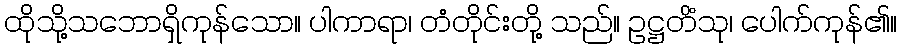
ထိုသို့သဘောရှိကုန်သော။ ပါကာရာ၊ တံတိုင်းတို့ သည်။ ဥဋ္ဌတိံသု၊ ပေါက်ကုန်၏။